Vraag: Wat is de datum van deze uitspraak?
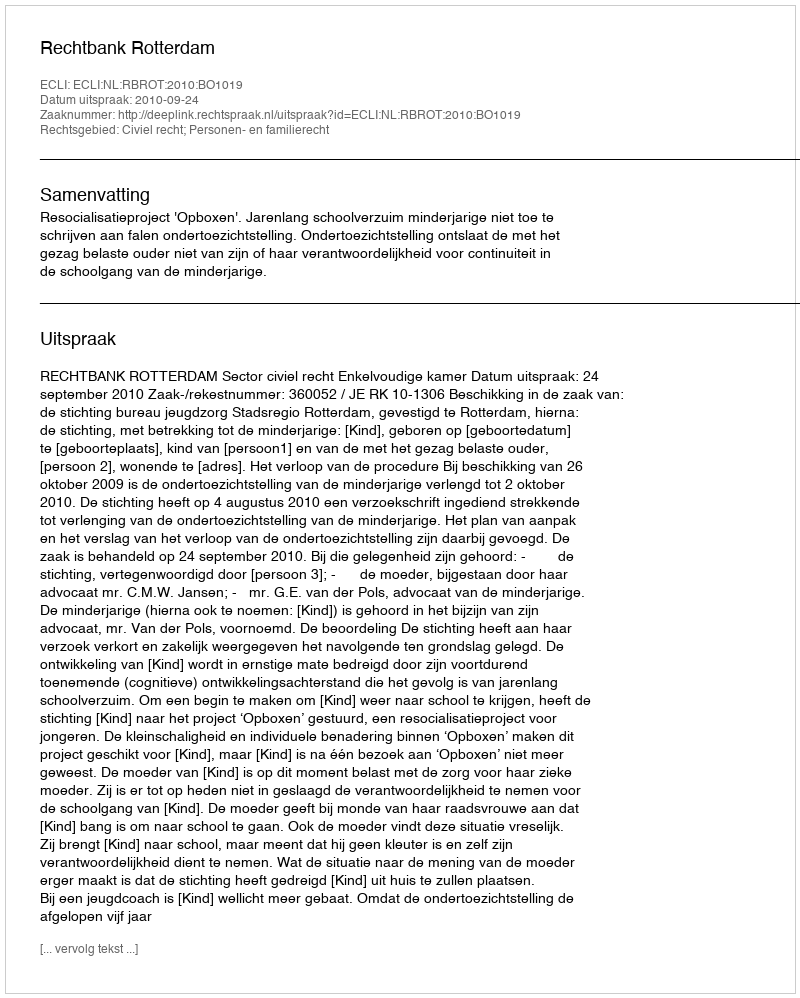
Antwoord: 2010-09-24